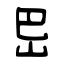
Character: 岊